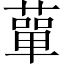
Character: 蕇